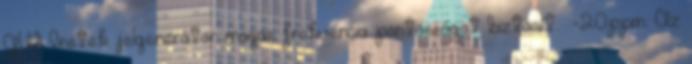
GW Instek jelgenerátor magas frekvencia pontosságot biztosít: -20ppm. Az